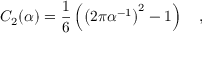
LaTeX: C _ { 2 } ( \alpha ) = \frac 1 6 \left( \left( 2 \pi \alpha ^ { - 1 } \right) ^ { 2 } - 1 \right) ~ ~ ~ ,